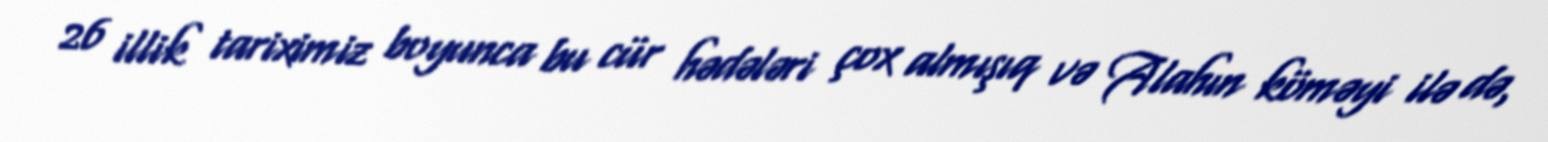
26 illik tariximiz boyunca bu cür hədələri çox almışıq və Alahın köməyi ilə də,